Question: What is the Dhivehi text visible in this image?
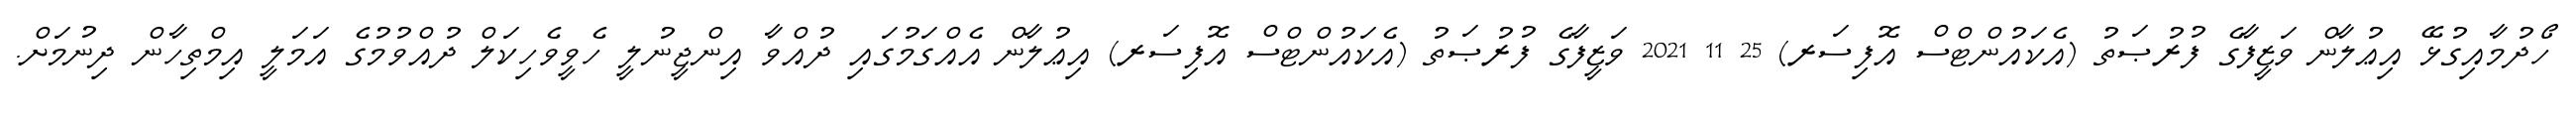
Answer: ހޯދުމާއިގުޅޭ އިޢުލާން ވަޒީފާގެ ފުރުޞަތު (އެކައުންޓްސް އޮފިސަރ) 25 11 2021 ވަޒީފާގެ ފުރުޞަތު (އެކައުންޓްސް އޮފިސަރ) އިޢުލާން އެއްގަމުގައި ދުއްވާ އިންޖީނުލީ ހެވީވެހިކަލް ދުއްވުމުގެ އަމަލީ އިމްތިހާން ދިނުމަށް.